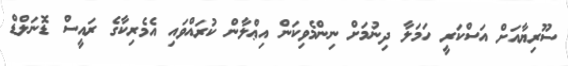
ސޫރިޔާއަށް އަސްކަރީ ހަމަލާ ދިނުމަށް ނިންމެވިކަން އިޢްލާން ކުރައްވައި އެމެރިކާގެ ރައީސް ޑޮނަލްޑް